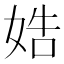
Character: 𡜲